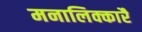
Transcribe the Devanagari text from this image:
मनालिक्कारै